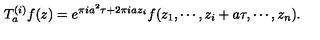
T _ { a } ^ { ( i ) } f ( z ) = e ^ { \pi i a ^ { 2 } \tau + 2 \pi i a z _ { i } } f ( z _ { 1 } , \cdots , z _ { i } + a \tau , \cdots , z _ { n } ) .